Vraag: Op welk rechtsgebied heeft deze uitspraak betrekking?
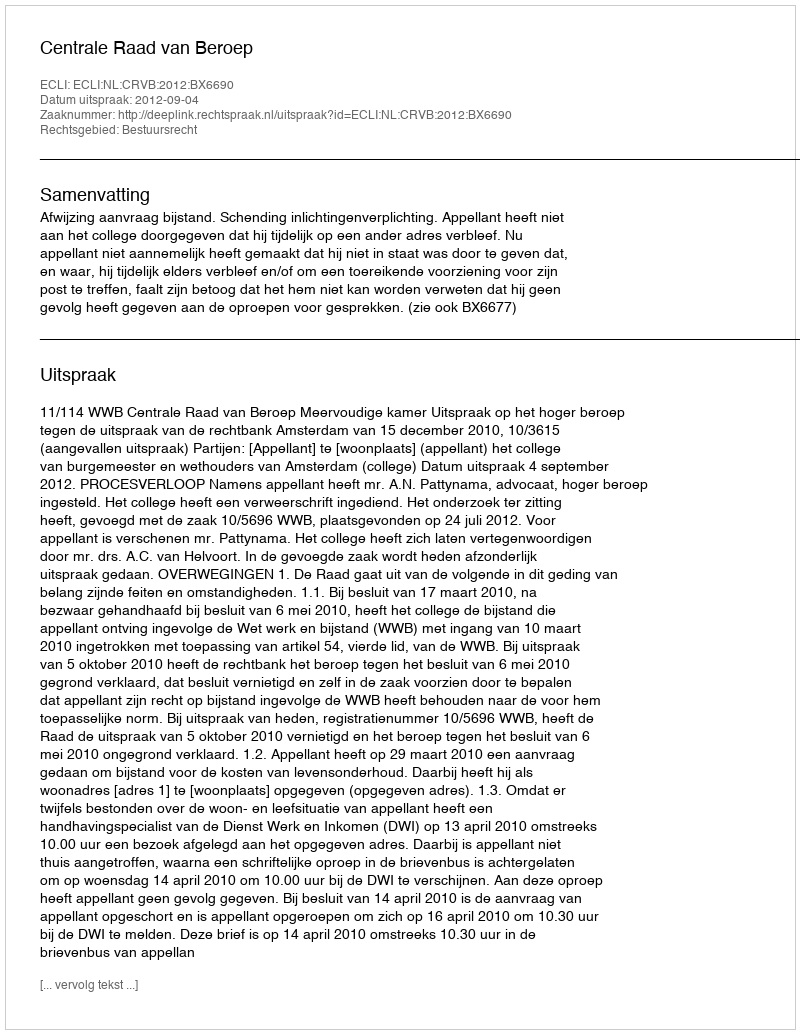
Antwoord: Bestuursrecht